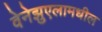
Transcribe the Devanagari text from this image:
वेनेझुएलामधील